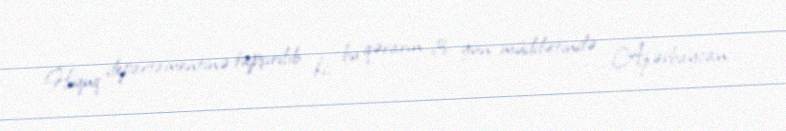
Hüquq departamentinə tapşırılıb ki, bu qərarın 3 gün müddətində Azərbaycan